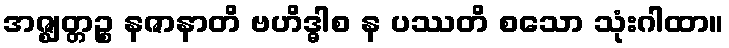
အဇ္ဈတ္တဉ္စ နဇာနာတိ ဗဟိဒ္ဓါစ န ပဿတိ စသော သုံးဂါထာ။